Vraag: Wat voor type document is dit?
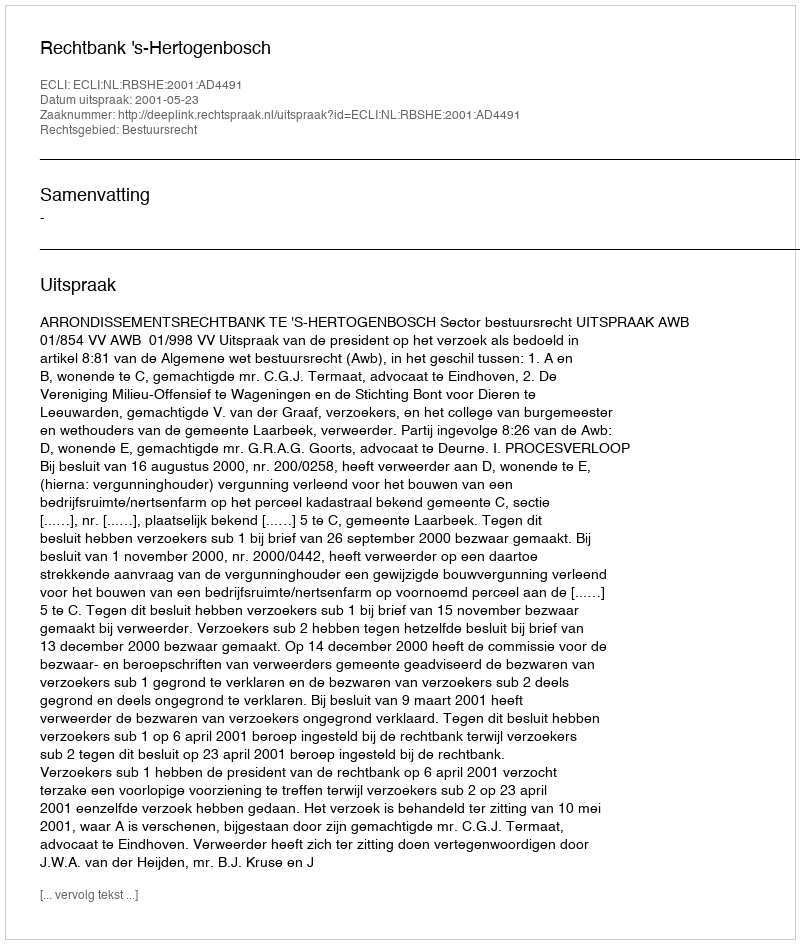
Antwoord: Uitspraak